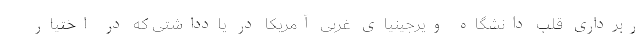
ربرداری قلب دانشگاه ویرجینیای غربی آمریکا در یادداشتی که در اختیار